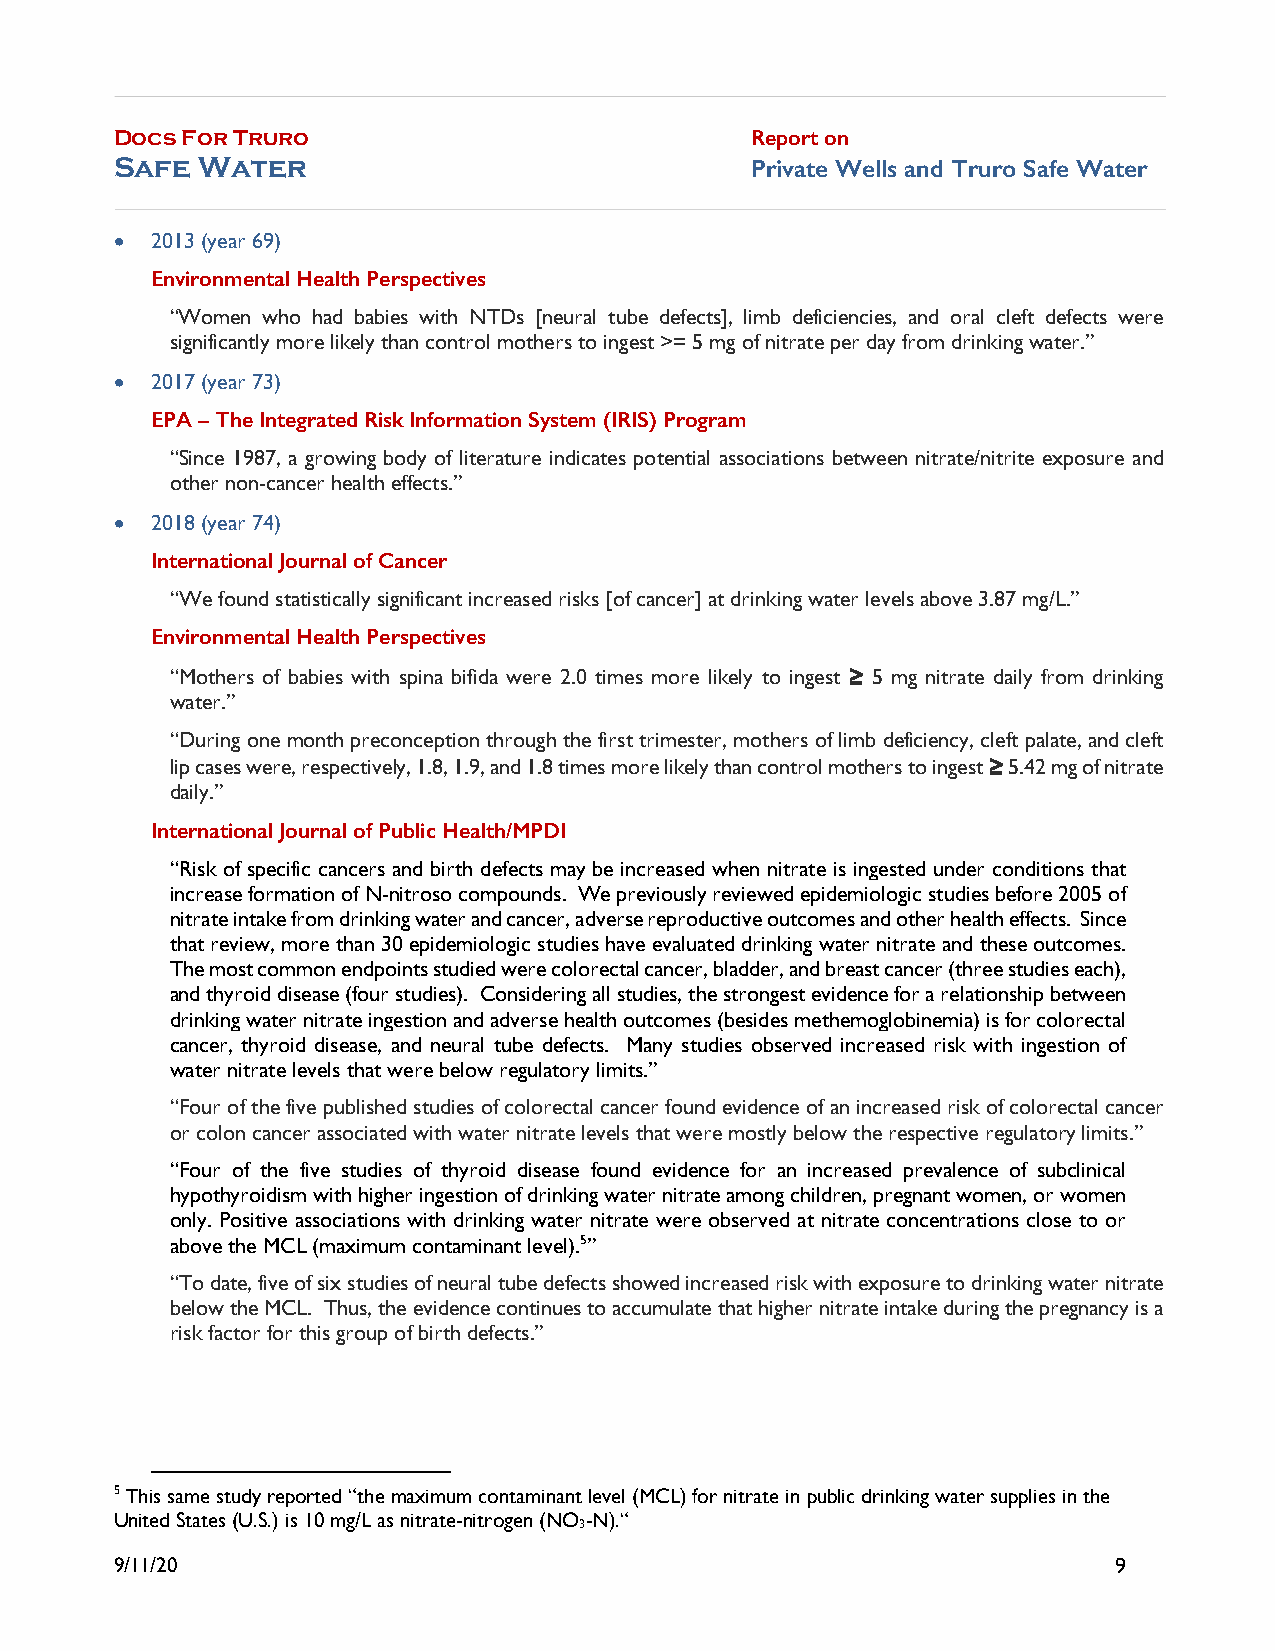
Docs For Truro                            Report on
 Safe Water                                Private Wells and Truro Safe Water
 • 2013 (year 69)
 Environmental Health Perspectives
 “Women who had babies with NTDs [neural tube defects], limb deficiencies, and oral cleft defects were
 significantly more likely than control mothers to ingest >= 5 mg of nitrate per day from drinking water.”
 • 2017 (year 73)
 EPA – The Integrated Risk Information System (IRIS) Program
 “Since 1987, a growing body of literature indicates potential associations between nitrate/nitrite exposure and
 other non-cancer health effects.”
 • 2018 (year 74)
 International Journal of Cancer
 “We found statistically significant increased risks [of cancer] at drinking water levels above 3.87 mg/L.”
 Environmental Health Perspectives
 “Mothers of babies with spina bifida were 2.0 times more likely to ingest ≥ 5 mg nitrate daily from drinking
 water.”
 “During one month preconception through the first trimester, mothers of limb deficiency, cleft palate, and cleft
 lip cases were, respectively, 1.8, 1.9, and 1.8 times more likely than control mothers to ingest ≥ 5.42 mg of nitrate
 daily.”
 International Journal of Public Health/MPDI
 “Risk of specific cancers and birth defects may be increased when nitrate is ingested under conditions that
 increase formation of N-nitroso compounds. We previously reviewed epidemiologic studies before 2005 of
 nitrate intake from drinking water and cancer, adverse reproductive outcomes and other health effects. Since
 that review, more than 30 epidemiologic studies have evaluated drinking water nitrate and these outcomes.
 The most common endpoints studied were colorectal cancer, bladder, and breast cancer (three studies each),
 and thyroid disease (four studies). Considering all studies, the strongest evidence for a relationship between
 drinking water nitrate ingestion and adverse health outcomes (besides methemoglobinemia) is for colorectal
 cancer, thyroid disease, and neural tube defects. Many studies observed increased risk with ingestion of
 water nitrate levels that were below regulatory limits.”
 “Four of the five published studies of colorectal cancer found evidence of an increased risk of colorectal cancer
 or colon cancer associated with water nitrate levels that were mostly below the respective regulatory limits.”
 “Four of the five studies of thyroid disease found evidence for an increased prevalence of subclinical
 hypothyroidism with higher ingestion of drinking water nitrate among children, pregnant women, or women
 only. Positive associations with drinking water nitrate were observed at nitrate concentrations close to or
 above the MCL (maximum contaminant level).5”
 “To date, five of six studies of neural tube defects showed increased risk with exposure to drinking water nitrate
 below the MCL. Thus, the evidence continues to accumulate that higher nitrate intake during the pregnancy is a
 risk factor for this group of birth defects.”
 5 This same study reported “the maximum contaminant level (MCL) for nitrate in public drinking water supplies in the
 United States (U.S.) is 10 mg/L as nitrate-nitrogen (NO-N).“
 3
 9/11/20                                                           9